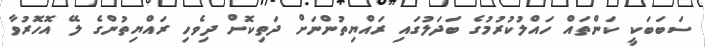
ސަބަބަކީ ކަންތައް ހައްލުކުރުމުގެ ބަދަލުގައި ރައްޔިތުންނަށް ދަތިކޮށް ދިވެހި ރައްޔިތުންގެ ލޭ އޮހޮރުވާ